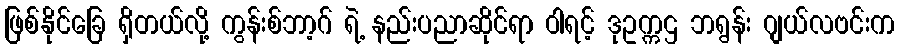
ဖြစ်နိုင်ခြေ ရှိတယ်လို့ ကွန်းစ်ဘာ့ဂ် ရဲ့ နည်းပညာဆိုင်ရာ ဝါရင့် ဒုဥက္ကဌ ဘရွန်း ဂျယ်လဗင်းက